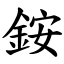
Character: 銨